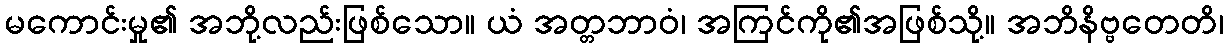
မကောင်းမှု၏ အဘို့လည်းဖြစ်သော။ ယံ အတ္တဘာဝံ၊ အကြင်ကို၏အဖြစ်သို့။ အဘိနိဗ္ဗတေတိ၊